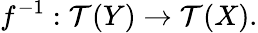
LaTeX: f^{-1}:{\mathcal{T}}(Y)\to{\mathcal{T}}(X).